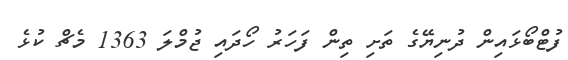
ފުޓްބޯޅައިން ދުނިޔޭގެ ތަށި ތިން ފަހަރު ހޯދައި ޖުމްލަ 1363 މެޗް ކުޅެ